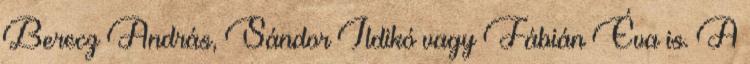
Berecz András, Sándor Ildikó vagy Fábián Éva is. A